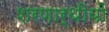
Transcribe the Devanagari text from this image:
शरणार्थीयों